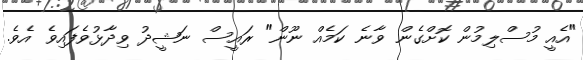
"އެއީ މުސްލިމުން ކޮށްގެން ވާނެ ކަމެއް ނޫން" ރައީސް ނަޝީދު ވިދާޅުވެފައިވެ އެވެ.